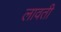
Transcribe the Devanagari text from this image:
लावती